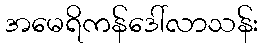
အမေရိကန်ဒေါ်လာသန်း